Report of the Bombay Veterinary College
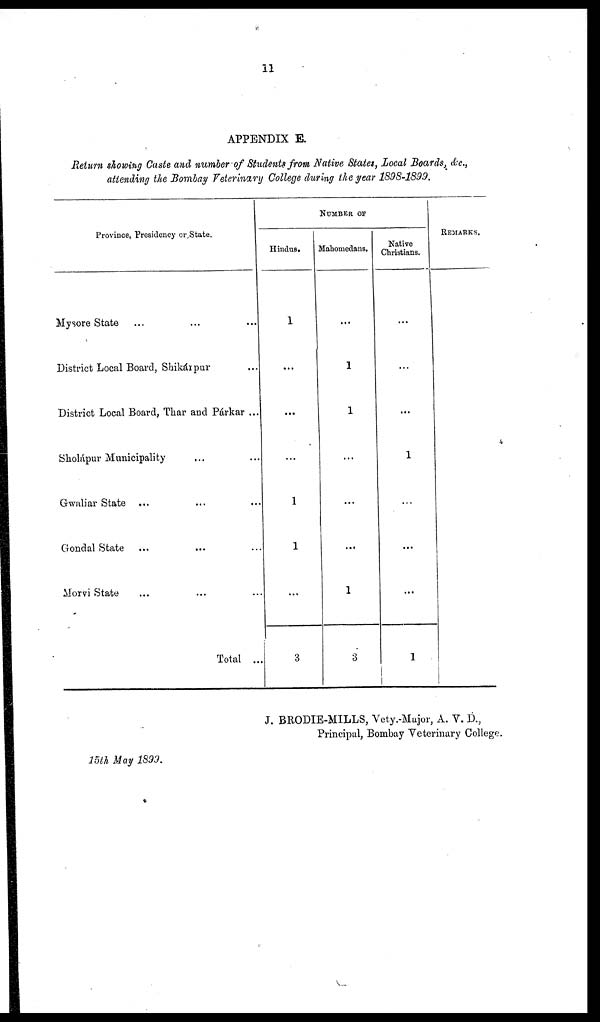
11
APPENDIX E.
Return showing Caste and number of Students from Native States, Local Boards, &c.,
attending the Bombay Veterinary College during the year 1898-1899.
Province, Presidency or State.
Mysore State... ... ...
District Local Board, Shikárpur
District Local Board, Thar and Párkar ...
Sholápur Municipality
...
Gwaliar State ... ...
Gondal State ...
...
Morvi State ... ...
Total ...
NUMBER OF
Hindus.
1
...
...
...
1
1
...
3
Mahomedans.
...
1
1
...
...
...
1
3
Native
Christians.
...
...
...
1
...
...
...
1
REMARKS.
J. BRODIE-MILLS, Vety.-Major, A. V. D.,
Principal, Bombay Veterinary College.
15th May 1899.